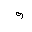
Letter: _waw